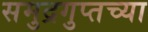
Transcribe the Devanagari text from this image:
समुद्रगुप्तच्या